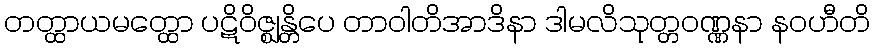
တတ္ထာယမတ္ထော ပဋိဝိဇ္ဈန္တိပေ တာဝါတိအာဒိနာ ဒါမလိသုတ္တဝဏ္ဏနာ နဝဟီတိ